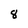
Character: 8